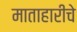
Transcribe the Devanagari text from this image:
माताहारीचे